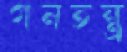
গনতন্ত্র